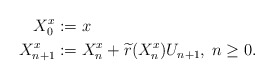
\begin{align*} {X}^{x}_0&:=x \\{X}^{x}_{n+1}&:={X}^{x}_n+\widetilde{r}({X}^{x}_n)U_{n+1},\; n\geq 0. \end{align*}